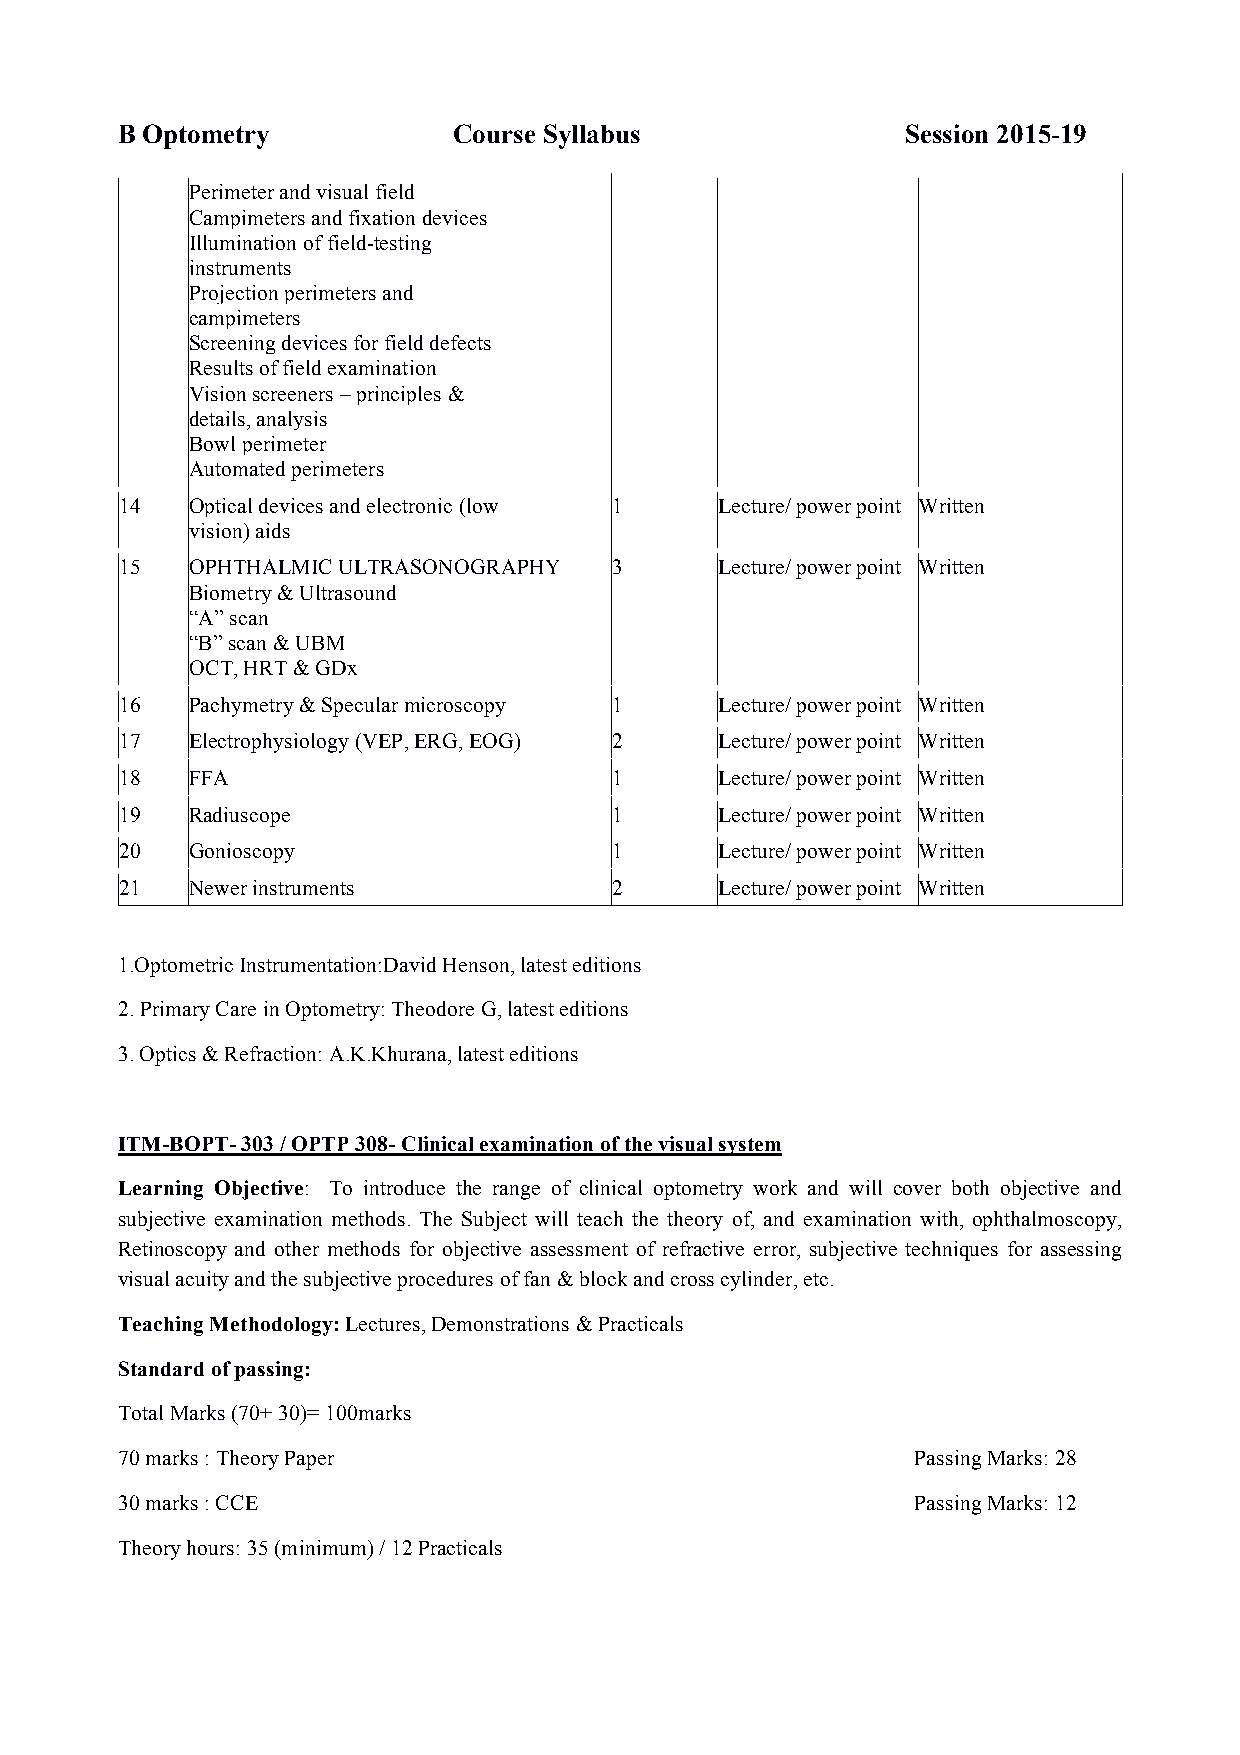
B Optometry           Course Syllabus               Session 2015-19
 Perimeter and visual field
 Campimeters and fixation devices
 Illumination of field-testing
 instruments
 Projection perimeters and
 campimeters
 Screening devices for field defects
 Results of field examination
 Vision screeners – principles &
 details, analysis
 Bowl perimeter
 Automated perimeters
 14   Optical devices and electronic (low 1 Lecture/ power point Written
 vision) aids
 15   OPHTHALMIC ULTRASONOGRAPHY  3      Lecture/ power point Written
 Biometry & Ultrasound
 “A” scan
 “B” scan & UBM
 OCT, HRT & GDx
 16   Pachymetry & Specular microscopy 1 Lecture/ power point Written
 17   Electrophysiology (VEP, ERG, EOG) 2 Lecture/ power point Written
 18   FFA                         1      Lecture/ power point Written
 19   Radiuscope                  1      Lecture/ power point Written
 20   Gonioscopy                  1      Lecture/ power point Written
 21   Newer instruments           2      Lecture/ power point Written
 1.Optometric Instrumentation:David Henson, latest editions
 2. Primary Care in Optometry: Theodore G, latest editions
 3. Optics & Refraction: A.K.Khurana, latest editions
 ITM-BOPT- 303 / OPTP 308- Clinical examination of the visual system
 Learning Objective: To introduce the range of clinical optometry work and will cover both objective and
 subjective examination methods. The Subject will teach the theory of, and examination with, ophthalmoscopy,
 Retinoscopy and other methods for objective assessment of refractive error, subjective techniques for assessing
 visual acuity and the subjective procedures of fan & block and cross cylinder, etc.
 Teaching Methodology: Lectures, Demonstrations & Practicals
 Standard of passing:
 Total Marks (70+ 30)= 100marks
 70 marks : Theory Paper                              Passing Marks: 28
 30 marks : CCE                                       Passing Marks: 12
 Theory hours: 35 (minimum) / 12 Practicals